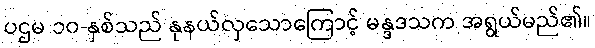
ပဌမ ၁၀-နှစ်သည် နုနယ်လှသောကြောင့် မန္ဒဒသက အရွယ်မည်၏။